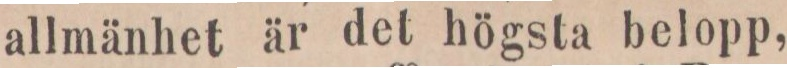
allmänhet är det högsta belopp,